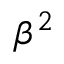
\beta ^ { 2 }